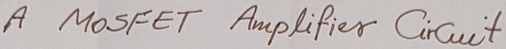
Text: A mosfet Amplifier Circuit